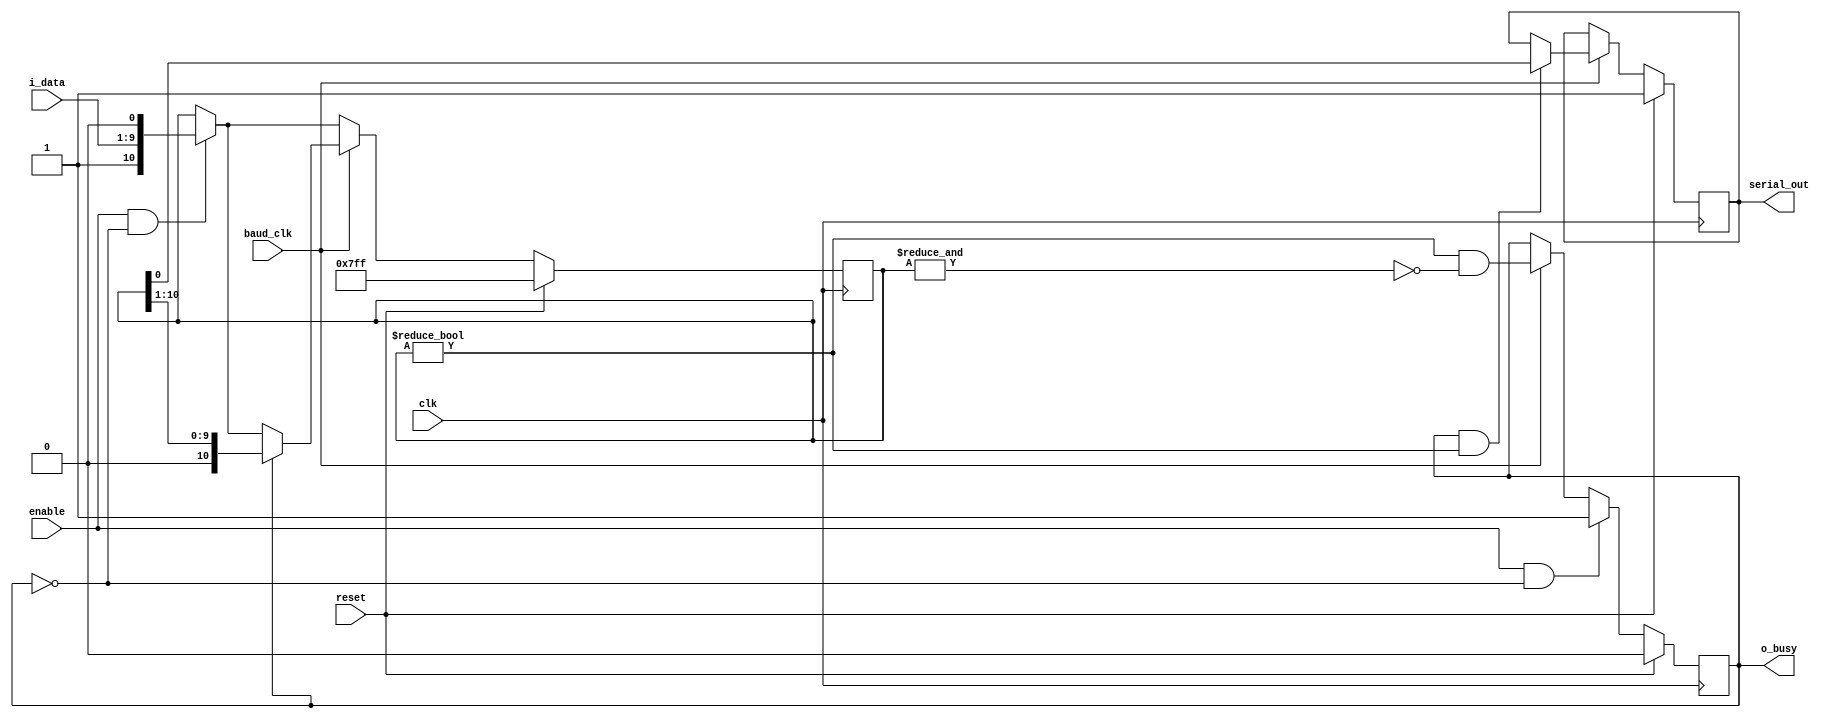
// Credit: Adapted from http://hamsterworks.co.nz/mediawiki/index.php/TinyTx or https://electronics.stackexchange.com/questions/342921/uart-hdl-question

module TxUART(clk, reset, baud_clk, enable, i_data, o_busy, serial_out
`ifdef FORMAL
	, shift_reg
`endif
);

parameter INPUT_DATA_WIDTH = 8;
parameter PARITY_ENABLED = 1;

input clk, reset, baud_clk, enable;
input[(INPUT_DATA_WIDTH+PARITY_ENABLED-1):0] i_data;  // {parity_bit , data}
output reg o_busy;      // busy signal for data source that Tx cannot accept data 
output reg serial_out;  // serialized data

`ifdef FORMAL
	output [(INPUT_DATA_WIDTH+PARITY_ENABLED+1):0] shift_reg;
`endif

reg [(INPUT_DATA_WIDTH+PARITY_ENABLED+1):0] shift_reg;  // PISO shift reg, start+data+parity+stop

initial 
begin
    o_busy = 0;
    serial_out = 1;
    shift_reg = ~0;
end

always @(posedge clk)   
begin
    if (reset) begin
        shift_reg <= ~0;  // set all bits to 1
    end

    else begin
        if (enable & !o_busy) begin
            shift_reg <= {1'b1, i_data, 1'b0};   // transmit LSB first: 1 = stop bit, 0 = start bit 
        end

        if (baud_clk) begin
            if (o_busy) begin
                shift_reg <= {1'b0, shift_reg[(INPUT_DATA_WIDTH+PARITY_ENABLED+1):1]};  // puts 0 for stop bit detection, see o_busy signal
            end
        end
    end
end 

always @(posedge clk) 
begin
    if(reset) begin 
    	serial_out <= 1;
    end

    else begin
        if (baud_clk) begin
            if (o_busy && (shift_reg != 0)) begin
	            serial_out <= shift_reg[0]; 
            end	    
        end        
    end
end

always @(posedge clk) 
begin
    if(reset) begin 
    	o_busy <= 0;
    end

	else if(enable && !o_busy) begin
		o_busy <= 1; // (Tx is about to transmit)
	end

    else if(baud_clk) begin
		o_busy <= ((shift_reg != 0) && !(&shift_reg));   // if not reset, ((Tx is busy transmitting when there is pending stop bit) AND (Tx does not just get reset))
    end
end


`ifdef FORMAL

reg first_clock_passed;
initial first_clock_passed = 0;

always @(posedge clk)
begin
	first_clock_passed <= 1;
end

always @(posedge clk) 
begin
	if(first_clock_passed && ($past(first_clock_passed) == 0)) begin    // for induction check purpose
		assert($past(o_busy) == 0);  // initially not busy
		assert(&($past(shift_reg)) == 1);  // initially all ones, transmitting ones
	end
end

always @(posedge clk) 
begin
	if(first_clock_passed) begin
		if($past(reset)) assert(o_busy == 0);

		else if($past(enable) && !$past(o_busy)) assert(o_busy);

		else if($past(baud_clk)) assert(o_busy == (($past(shift_reg) != 0) && !(&$past(shift_reg))));
	end
end
	
always @(posedge clk)   
begin
	if(first_clock_passed) begin
		if ($past(reset)) begin
		    assert(shift_reg == ~0);  // set all bits to 1
		end

		else begin
		    if ($past(enable) & !$past((o_busy))) begin
		        assert(shift_reg == {1'b1, $past(i_data), 1'b0});   // transmit LSB first: 1 = stop bit, 0 = start bit 
		    end

		    if ($past(baud_clk)) begin
		        if ($past(o_busy)) begin
		            assert(shift_reg == {1'b0, $past(shift_reg[(INPUT_DATA_WIDTH+PARITY_ENABLED+1):1])});  // puts 0 for stop bit detection, see o_busy signal
		        end
		    end
		end
	end
end 	

`endif

endmodule